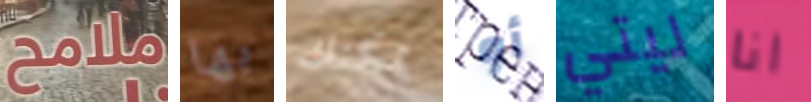
ملامح بها يمكنك أو ليتي انا